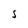
Character: S